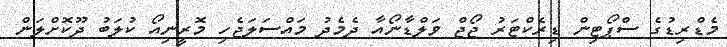
މެޑްރިޑުގެ ސްޕޯޓިން ޑިރެކްޓަރު ޖޯޖް ވަލްޑާނޯއާ ދެމެދު މައްސަލަޖެހި މޮރީނިއޯ ކުލަބު ދޫކޮށްލަން